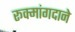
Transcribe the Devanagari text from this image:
रूक्मांगदाने